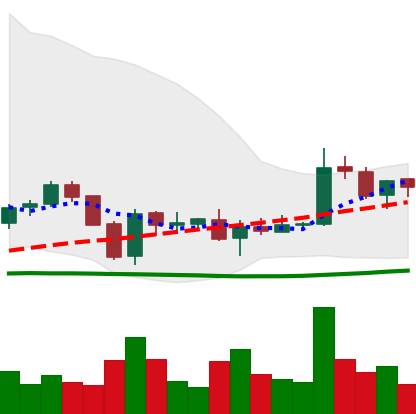
Ticker: EOS-USD
Chart end date: 2018-06-06
Forward return: -16.831%
Label: down_7plus